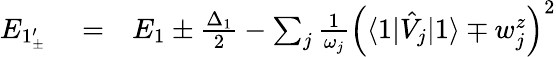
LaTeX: \begin{array}{rlr}{E_{1_{\pm}^{\prime}}}&{{}=}&{E_{1}\pm\frac{\Delta_{1}}{2}-\sum_{j}\frac{1}{\omega_{j}}\left(\langle 1|\hat{V}_{j}|1\rangle\mp w_{j}^{z}\right)^{2}}\end{array}